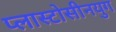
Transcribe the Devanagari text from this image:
प्लास्टोसीनयुग